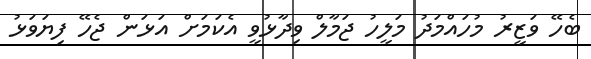
ބެހޭ ވަޒީރު މުހައްމަދު މަލީހު ޖަމާލް ވިދާޅުވީ އެކަމަށް އަޅަން ޖެހޭ ފިޔަވަޅު